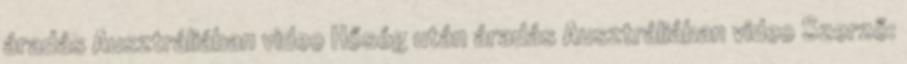
áradás Ausztráliában video Hőség után áradás Ausztráliában video Szerző: